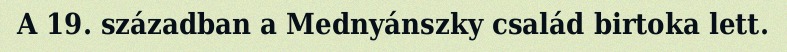
A 19. században a Mednyánszky család birtoka lett.